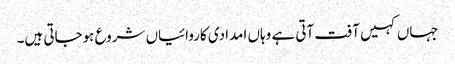
جہاں کہیں آفت آتی ہے وہاں امدادی کاروائیاں شروع ہوجاتی ہیں۔